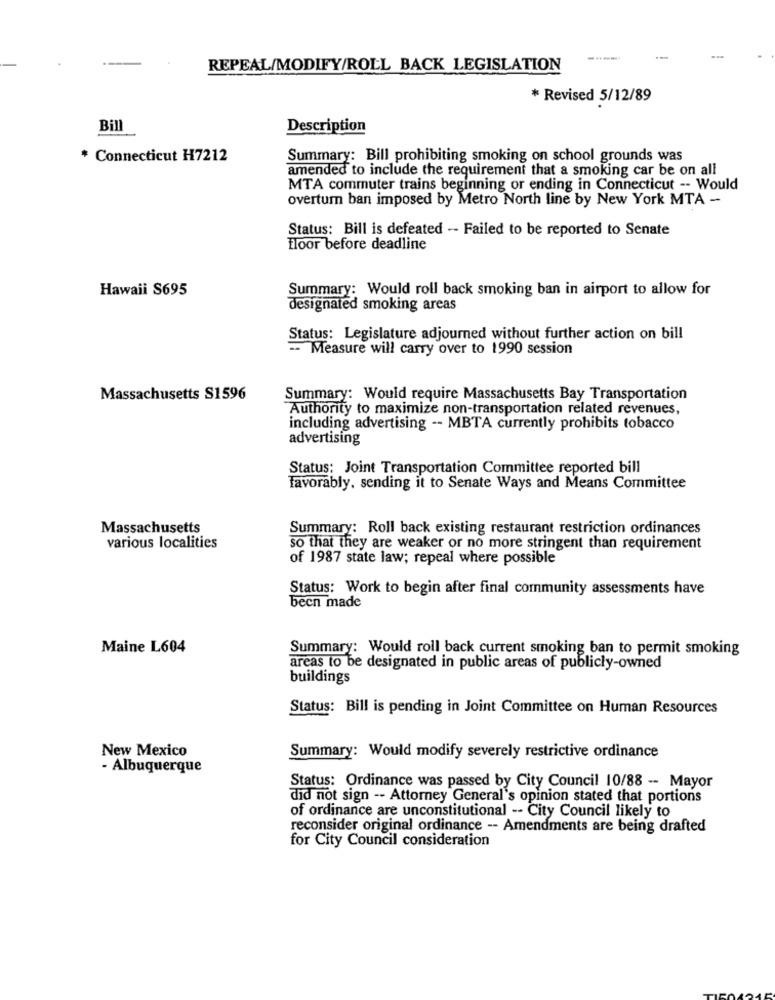
-----
--
REPEAL/MODIFY/ROLL BACK LEGISLATION
* Revised 5/12/89
Bill
Description
* Connecticut H7212
Summary: Bill prohibiting smoking on school grounds was
amended to include the requirement that a smoking car be on all
MTA commuter trains beginning or ending in Connecticut -- Would
overturn ban imposed by Metro North line by New York MTA --
Status: Bill is defeated -- Failed to be reported to Senate
floor before deadline
Hawaii S695
Summary: Would roll back smoking ban in airport to allow for
designated smoking areas
Status: Legislature adjourned without further action on bill
-- Measure will carry over to 1990 session
Massachusetts S1596
Summary: Would require Massachusetts Bay Transportation
Authority to maximize non-transportation related revenues,
including advertising -- MBTA currently prohibits tobacco
advertising
Status: Joint Transportation Committee reported bill
Favorably. sending it to Senate Ways and Means Committee
Massachusetts
Summary: Roll back existing restaurant restriction ordinances
various localities
so that they are weaker or no more stringent than requirement
of 1987 state law; repeal where possible
Status: Work to begin after final community assessments have
been made
Maine L604
Summary: Would roll back current smoking ban to permit smoking
areas to be designated in public areas of publicly-owned
buildings
Status: Bill is pending in Joint Committee on Human Resources
New Mexico
Summary: Would modify severely restrictive ordinance
- Albuquerque
Status: Ordinance was passed by City Council 10/88 -- Mayor
did not sign -- Attorney General's opinion stated that portions
of ordinance are unconstitutional -- City Council likely to
reconsider original ordinance -- Amendments are being drafted
for City Council consideration